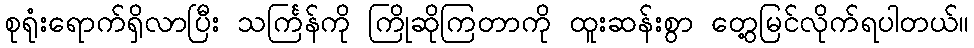
စုရုံးရောက်ရှိလာပြီး သင်္ကြန်ကို ကြိုဆိုကြတာကို ထူးဆန်းစွာ တွေ့မြင်လိုက်ရပါတယ်။